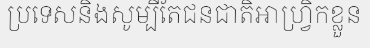
ប្រទេសនិងសូម្បីតែជនជាតិអាហ្វ្រិកខ្លួន